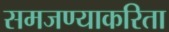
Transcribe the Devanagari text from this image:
समजण्याकरिता